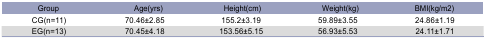
| Group | Age(yrs) | Height(cm) | Weight(kg) | BMI(kg/m2) |
 | --- | --- | --- | --- | --- |
 | CG(n=11) | 70.46±2.85 | 155.2±3.19 | 59.89±3.55 | 24.86±1.19 |
 | EG(n=13) | 70.45±4.18 | 153.56±5.15 | 56.93±5.53 | 24.11±1.71 |